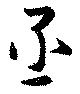
丞